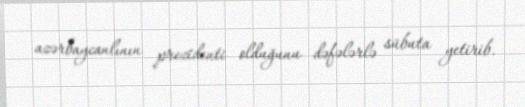
azərbaycanlının prezidenti olduğunu dəfələrlə sübuta yetirib.